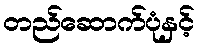
တည်ဆောက်ပုံနှင့်